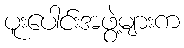
ပူးပေါင်းအဖွဲ့များက